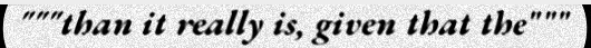
"""than it really is, given that the"""